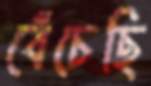
বেঁচেছি